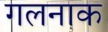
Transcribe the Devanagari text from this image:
गलनाक